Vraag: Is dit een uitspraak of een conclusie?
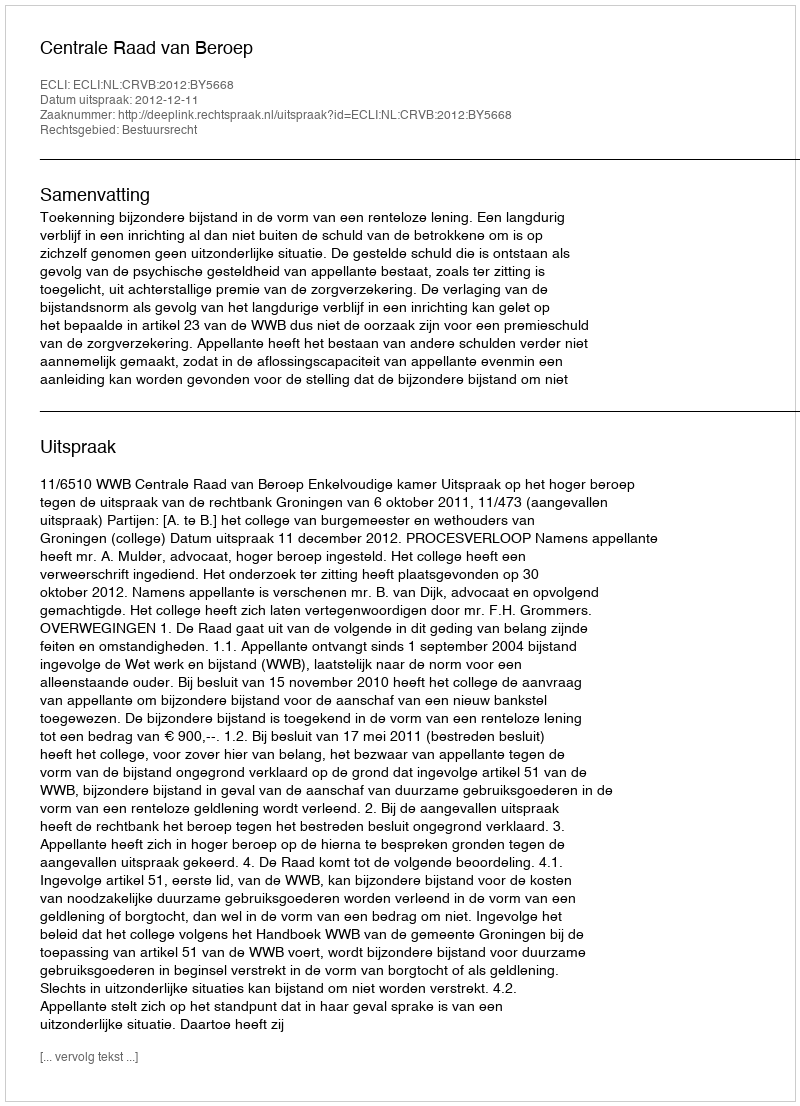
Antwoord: Uitspraak